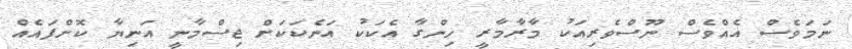
ނަމަވެސް އެއްވެސް ނޫސްވެރިއަކު މާރާމާރީ ހިންގާ އެކަކު އަނެކަކަށް ޖިސްމާނީ އަނިޔާ ކޮށްފައެއް